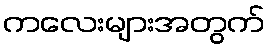
ကလေးများအတွက်